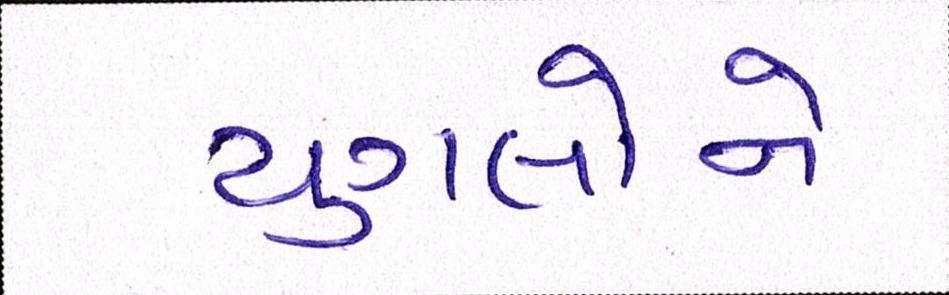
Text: યુગલોને